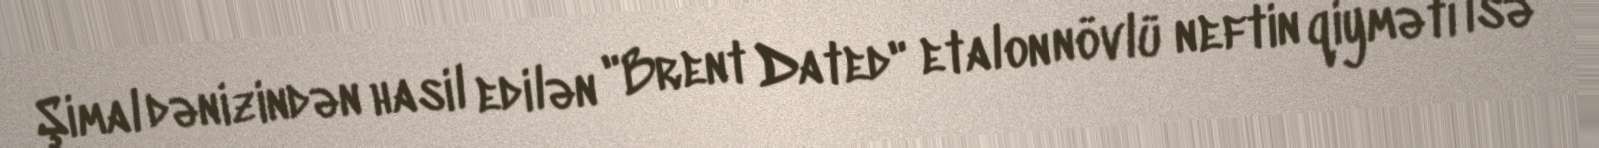
Şimal dənizindən hasil edilən "Brent Dated" etalon növlü neftin qiyməti isə